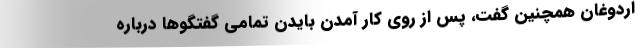
اردوغان همچنین گفت، پس از روی کار آمدن بایدن تمامی گفتگوها درباره